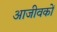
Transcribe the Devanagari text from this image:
आजीवकों